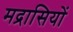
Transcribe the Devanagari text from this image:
मद्रासियों